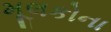
મૂલકોના